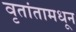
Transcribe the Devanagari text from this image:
वृतांतामधून